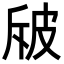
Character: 㿭